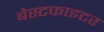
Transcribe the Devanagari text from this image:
बेस्टफाइटर